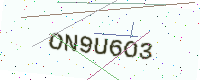
Text: ON9U6O3